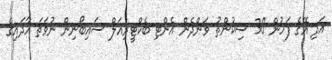
އަދި އޭގެ ފަހުން 30 ސިކުންތު ވަންދެން އެންޓި-ބެކްޓީރިއަލް ސައިބޯނިން ނުވަތަ އާދައިގެ